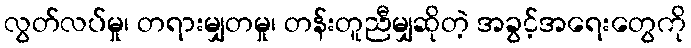
လွတ်လပ်မှု၊ တရားမျှတမှု၊ တန်းတူညီမျှဆိုတဲ့ အခွင့်အရေးတွေကို